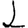
Digit: 1